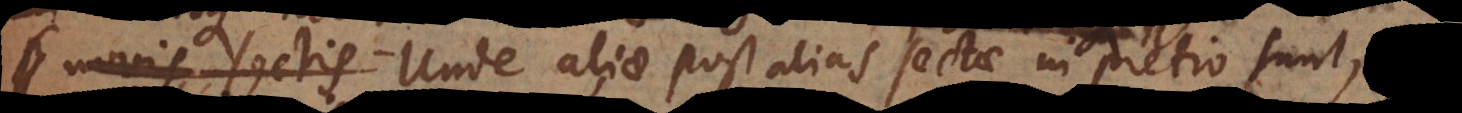
novis sectis. Unde aliae post alias sectae in pretio sunt,